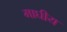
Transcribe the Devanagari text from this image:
माघीय